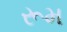
રૂમ